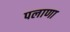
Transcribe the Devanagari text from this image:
पलाणा